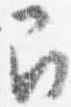
召